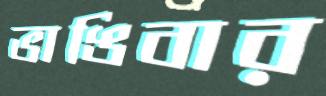
ভাঙিবার